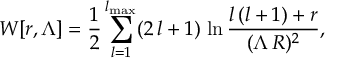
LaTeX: W [ r , \Lambda ] = { \frac { 1 } { 2 } } \sum _ { l = 1 } ^ { l _ { \mathrm { m a x } } } ( 2 \, l + 1 ) \, \ln { \frac { l \, ( l + 1 ) + r } { ( \Lambda \, R ) ^ { 2 } } } ,